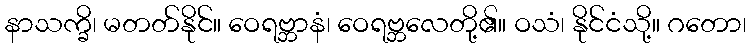
နာသက္ခိ၊ မတတ်နိုင်။ ဝေရဗ္ဘာနံ၊ ဝေရဗ္ဘလေတို့၏။ ဝသံ၊ နိုင်ငံသို့။ ဂတော၊